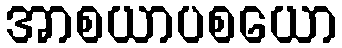
အာစယာပစယော